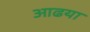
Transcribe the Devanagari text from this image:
आढया